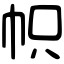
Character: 帜